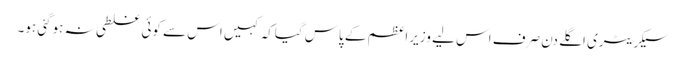
سیکریٹری اگلے دن صرف اس لیے وزیراعظم کے پاس گیاکہ کہیں اس سے کوئی غلطی نہ ہوگئی ہو۔